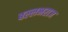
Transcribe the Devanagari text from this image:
बल्लभराज